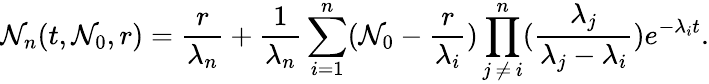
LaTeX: \mathcal{N}_{n}(t,\mathcal{N}_{0},r)=\frac{r}{\lambda_{n}}+\frac{1}{\lambda_{n}}\sum_{i=1}^{n}(\mathcal{N}_{0}-\frac{r}{\lambda_{i}})\prod_{j\, \neq\, i}^{n}(\frac{\lambda_{j}}{\lambda_{j}-\lambda_{i}})e^{-\lambda_{i}t}.